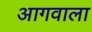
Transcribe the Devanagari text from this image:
आगवाला